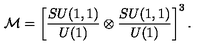
{ \cal M } = \left[ { \frac { S U ( 1 , 1 ) } { U ( 1 ) } } \otimes { \frac { S U ( 1 , 1 ) } { U ( 1 ) } } \right] ^ { 3 } .